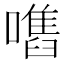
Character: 𡁫